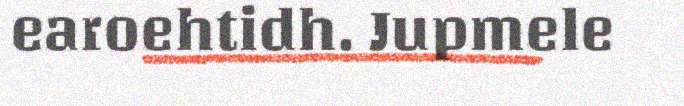
earoehtidh. Jupmele